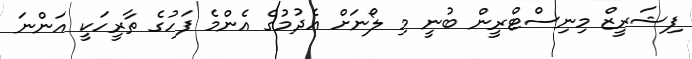
ފިޝަރީޒް މިނިސްޓްރީން ބުނީ މި ލޯނަށް އެދުމުގެ އެންމެ ފަހުގެ ތާރީހަކީ އަންނަ